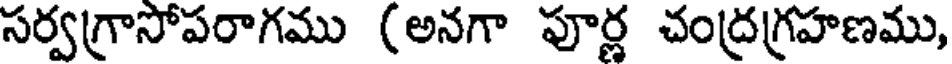
సర్వగ్రాసోపరాగము (అనగా పూర్ణ చంద్రగ్రహణము,